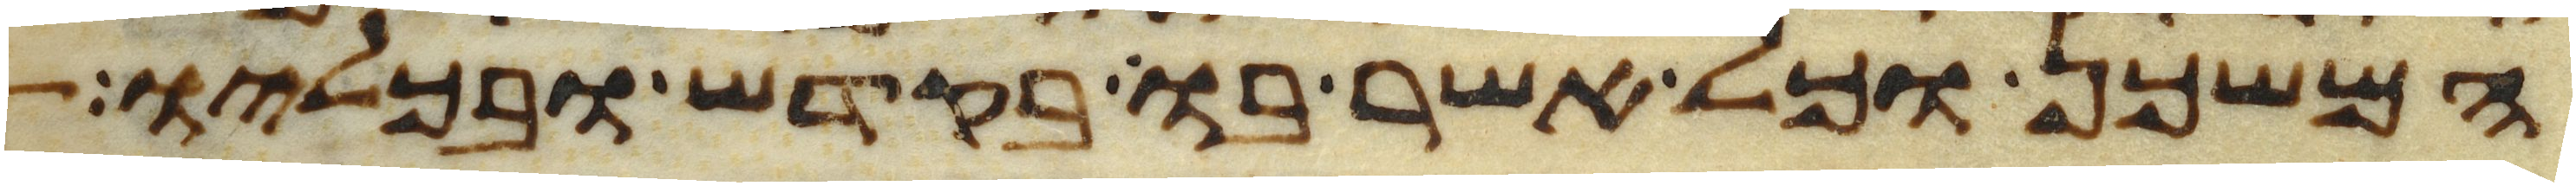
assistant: המשכן וכל אשר בו בקדש ובכליו